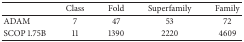
<table><thead><tr><td></td><td><b>Class</b></td><td><b>Fold</b></td><td><b>Superfamily</b></td><td><b>Family</b></td></tr></thead><tbody><tr><td>ADAM</td><td>7</td><td>47</td><td>53</td><td>72</td></tr><tr><td>SCOP 1.75B</td><td>11</td><td>1390</td><td>2220</td><td>4609</td></tr></tbody></table>